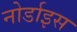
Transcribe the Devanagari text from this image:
नोर्डाइस